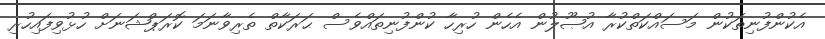
އެކުންފުނިތަކުން މަސައްކަތްކުރާ އުޞޫލުން އެހެން ހުރިހާ ކުންފުނިތައްވެސް ޙަރަކާތް ތެރިވާނަމަ ކޮރަޕްޝަނަށް ހުޅުވިފައިހުރި